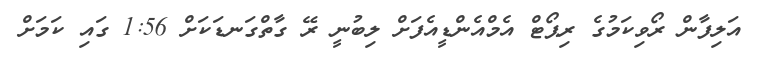
އަލިފާން ރޯވިކަމުގެ ރިޕޯޓް އެމްއެންޑީއެފަށް ލިބުނީ ރޭ ގާތްގަނޑަކަށް 1:56 ގައި ކަމަށް